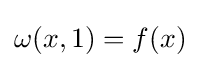
\omega (x,1)=f(x)